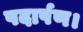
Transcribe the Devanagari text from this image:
पदार्पण।